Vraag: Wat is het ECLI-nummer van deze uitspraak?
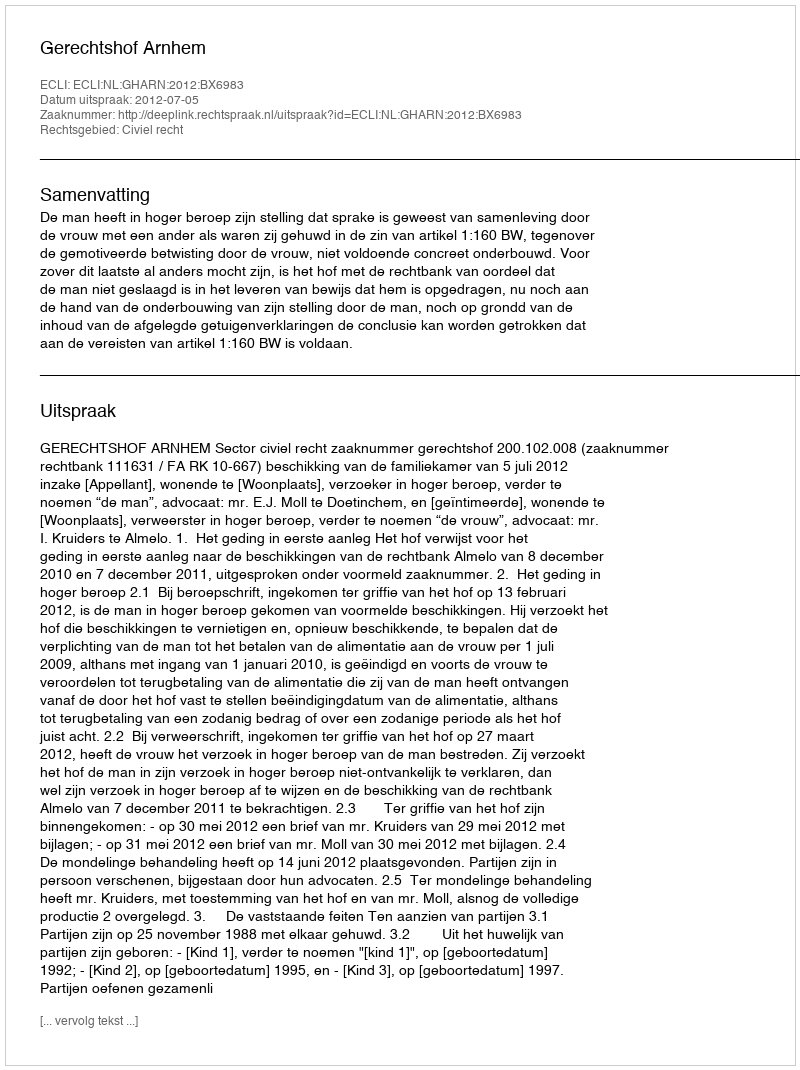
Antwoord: ECLI:NL:GHARN:2012:BX6983